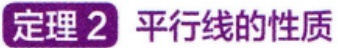
定理 2 平行线的性质